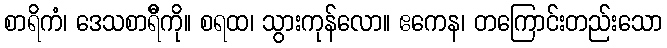
စာရိကံ၊ ဒေသစာရီိကို။ စရထ၊ သွားကုန်လော။ ဧကေန၊ တကြောင်းတည်းသော